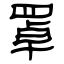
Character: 罩